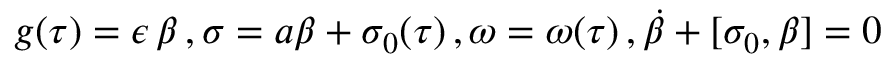
g ( \tau ) = \epsilon \, \beta \, , \sigma = a \beta + \sigma _ { 0 } ( \tau ) \, , \omega = \omega ( \tau ) \, , \dot { \beta } + [ \sigma _ { 0 } , \beta ] = 0